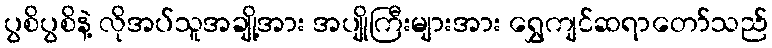
ပွစိပွစိနဲ့ လိုအပ်သူအချို့အား အပျိုကြီးများအား ရွှေကျင်ဆရာတော်သည်